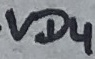
Text: VD4